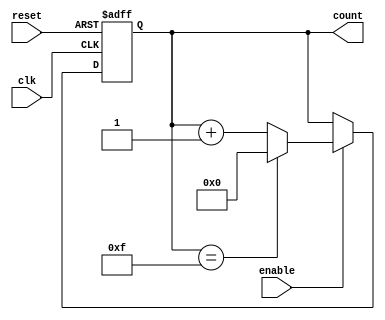
module binary_counter (
    input wire clk,         // Clock signal
    input wire reset,       // Asynchronous reset signal
    input wire enable,      // Enable signal
    output reg [3:0] count  // 4-bit output count
);

// Always block triggered on the rising edge of the clock or when reset is asserted
always @(posedge clk or posedge reset) begin
    if (reset) begin
        count <= 4'b0000;  // Reset the counter to 0
    end else if (enable) begin
        if (count == 4'b1111) begin
            count <= 4'b0000;  // Wrap around to 0 when max value is reached
        end else begin
            count <= count + 1; // Increment the counter
        end
    end
end

endmodule